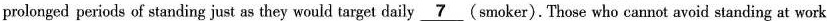
prolonged periods of standing just as they would target daily \underline{7}(smoker). Those who cannot avoid standing at work